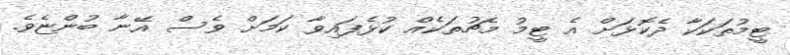
ޓީމުތަކަކާ ދެކޮޅަށް އެ ޓީމު މެޗުތަކެއް ކުޅެފައިވާ ކަމަށް ވެސް އޭނާ ބުންޏެވެ.